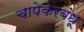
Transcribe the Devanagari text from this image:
चापेकरबंधू